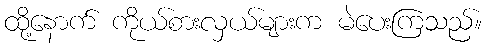
ထို့နောက် ကိုယ်စားလှယ်များက မဲပေးကြသည်။